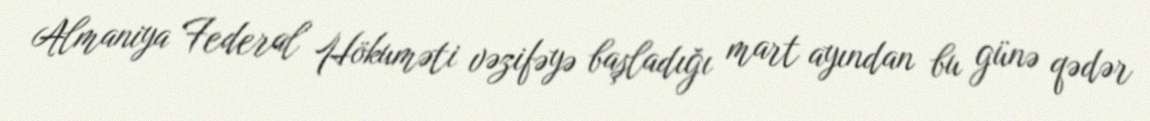
Almaniya Federal Hökuməti vəzifəyə başladığı mart ayından bu günə qədər